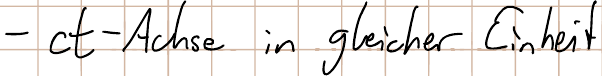
- ct-Achse in gleicher Einheit